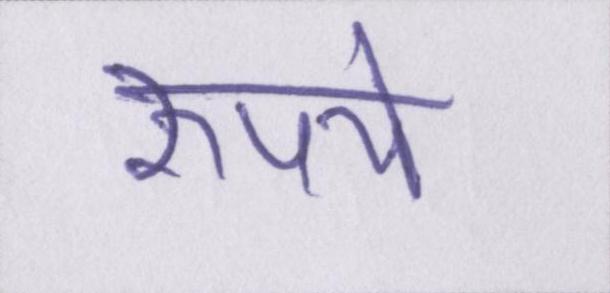
रुपये